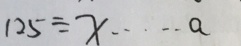
1 2 5 \div x \cdots a